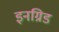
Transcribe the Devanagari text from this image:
इनग्रिड